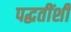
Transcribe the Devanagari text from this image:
पद्धतींशी